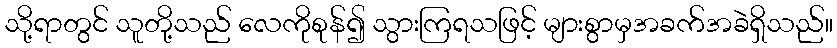
သို့ရာတွင် သူတို့သည် လေကိုစုန်၍ သွားကြရသဖြင့် များစွာမှအခက်အခဲရှိသည်။